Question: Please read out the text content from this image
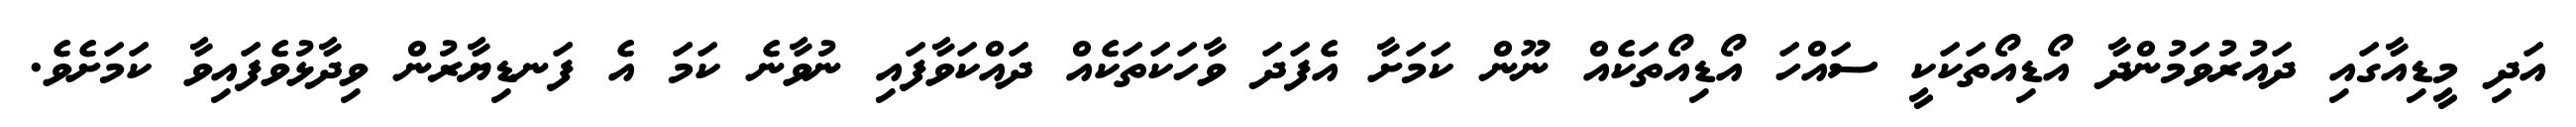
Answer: އަދި މީޑިއާގައި ދައުރުވަމުންދާ އޯޑިއޯތަކަކީ ސައްހަ އޯޑިއޯތަކެއް ނޫން ކަމަށާ އެފަދަ ވާހަކަތަކެއް ދައްކަވާފައި ނުވާނެ ކަމަ އެ ފަނޑިޔާރުން ވިދާޅުވެފައިވާ ކަމަށެވެ.